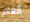
ألغام